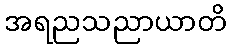
အရညသညာယာတိ